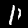
Label: 1